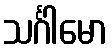
သင်္ဂါမော